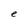
Character: e